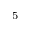
^ { 5 }